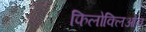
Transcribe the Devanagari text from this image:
फिलोक्लिओन